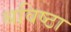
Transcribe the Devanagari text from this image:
श्रविष्ठा